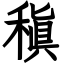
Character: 稹